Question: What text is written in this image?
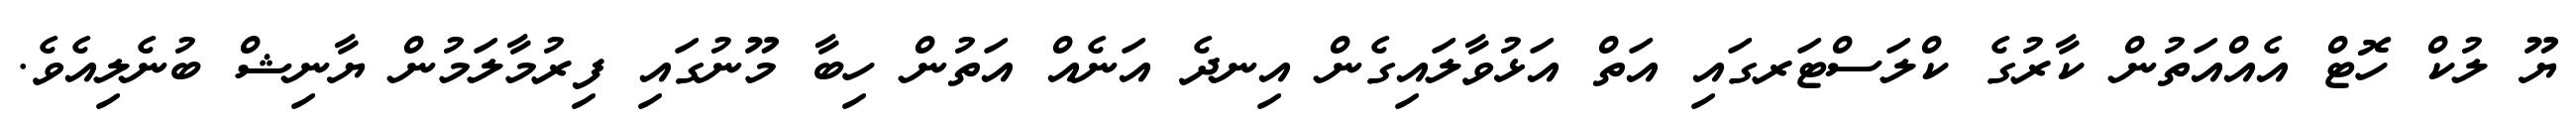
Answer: ޔޫ ލުކް ހޮޓް އެއްއަތުން ކާރުގެ ކްލަސްޓަރގައި އަތް އަޅުވާލައިގެން އިނދެ އަނެއް އަތުން ހިބާ މޫނުގައި ފިރުމާލަމުން ޔާނިޝް ބުނެލިއެވެ.